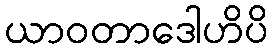
ယာဝတာဒေါဟိပိ